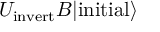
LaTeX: U _ { \mathrm { i n v e r t } } B | \mathrm { i n i t i a l } \rangle